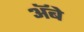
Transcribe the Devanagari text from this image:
ॲबे